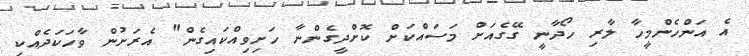
އެ އަންހެންމީހާ ލާރި ހޯދާނީ ގޭގެއަށް މަސައްކަށް ކޮށްދީގެންނާ ހަށިވިއްކައިގެން" އެރަށުން ވާހަކަދެއްކި